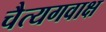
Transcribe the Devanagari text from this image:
चैत्यगवाक्ष